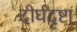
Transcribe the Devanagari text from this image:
दीर्घदृष्टा